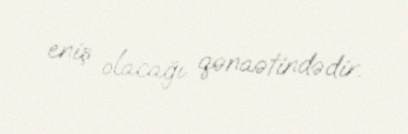
eniş olacağı qənaətindədir.